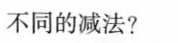
不同的减法?